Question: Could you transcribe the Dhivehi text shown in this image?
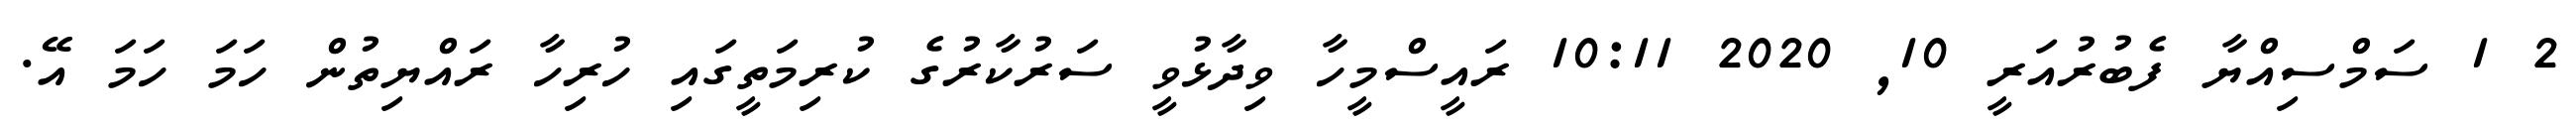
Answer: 2 1 ސަމްސިއްޔާ ފެބުރުއަރީ 10, 2020 10:11 ރައީސްމީހާ ވިދާޅުވީ ސަރުކާރުގެ ކުރިމަތީގައި ހުރިހާ ރައްޔިތުން ހަމަ ހަމަ އޭ.